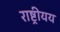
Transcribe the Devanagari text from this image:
राष्ट्रीयय